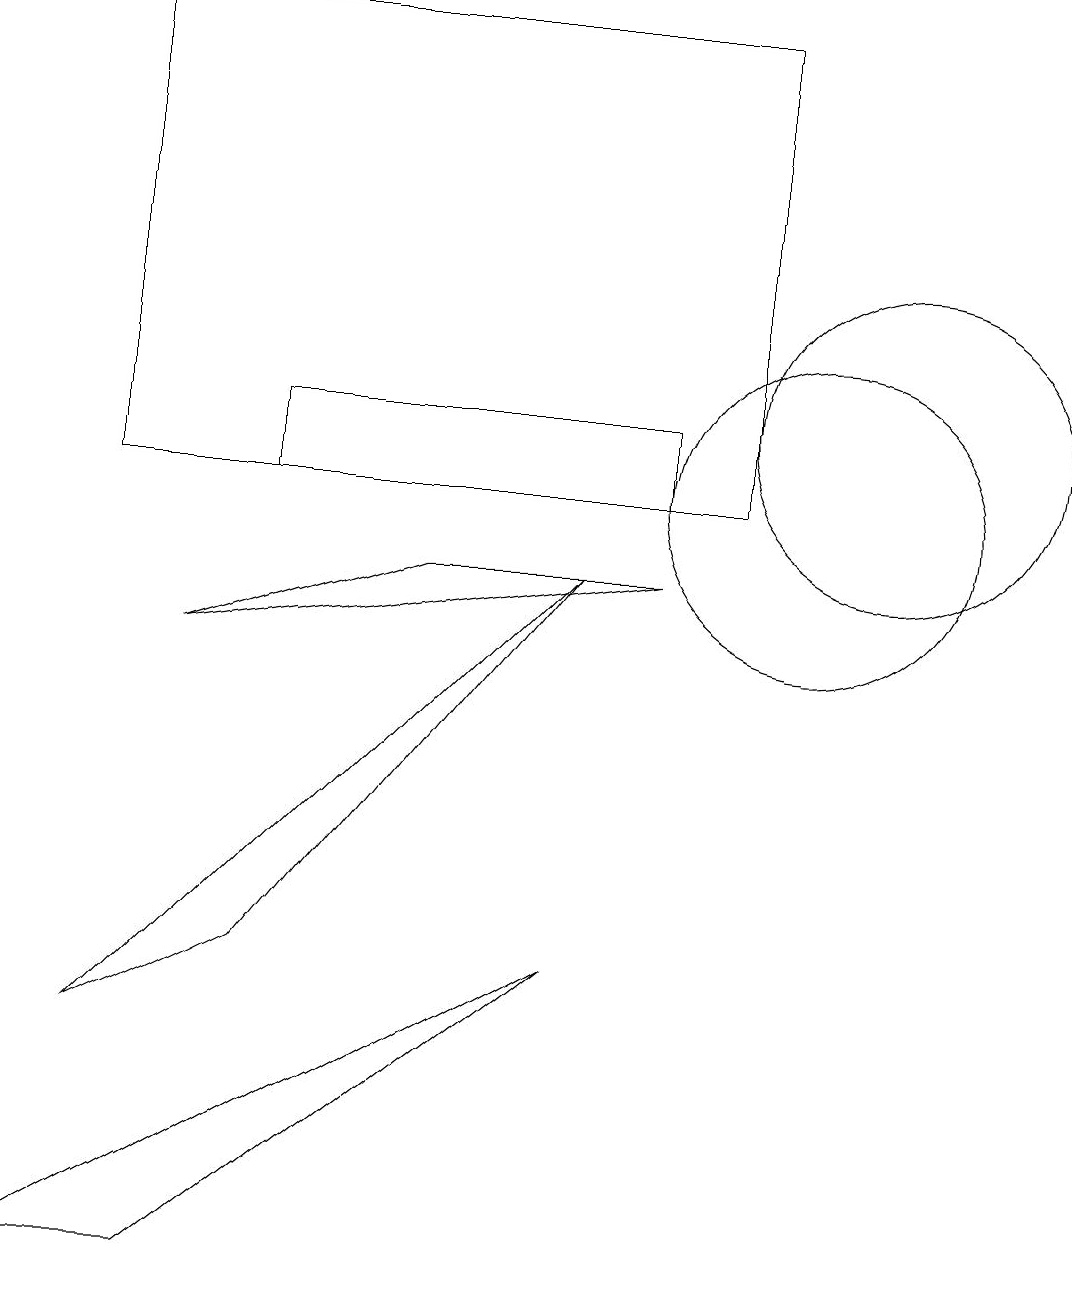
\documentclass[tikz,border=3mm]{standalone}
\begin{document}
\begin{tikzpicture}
\draw (10,10) circle (2);
\draw (1,3) -- (3,4) -- (7,9) -- cycle;
\draw (5,9) -- (8,9) -- (2,8) -- cycle;
\draw (3,10) rectangle (8,11);
\draw (9,10) rectangle (1,16);
\draw (11,11) circle (2);
\draw (7,4) -- (0,0) -- (2,0) -- cycle;
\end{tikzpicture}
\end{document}